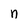
Character: n